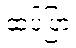
ဆပ်ပြာ